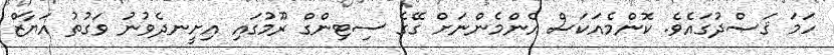
ހަމަ ޤަޞްދުގައެވެ. ކޮންމެއަކަސް އެންމެންނަށް ގޭގެ ސިޓިންގް ރޫމުގައި އިށީނދެވުނު ވަގުތު އަޔާޒް